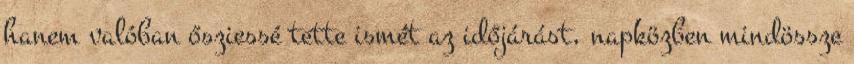
hanem valóban ősziessé tette ismét az időjárást, napközben mindössze